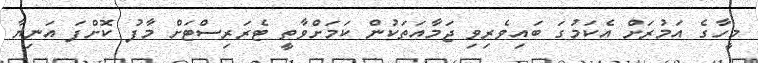
މީހާގެ އަމުރަށް އެކަމުގަ ބައިވެރިވި ޖަމާއަތަކުން ކަމަށްވާތީ ޓެރަރިސްޓަށް މާފު ކޮށްފަ އަނިޔާ